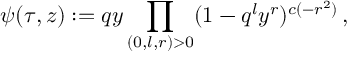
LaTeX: \psi ( \tau , z ) : = q y \prod _ { ( 0 , l , r ) > 0 } ( 1 - q ^ { l } y ^ { r } ) ^ { c ( - r ^ { 2 } ) } \, ,